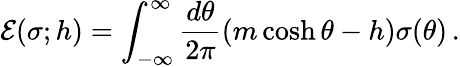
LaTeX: {\cal E}(\sigma;h)=\int_{-\infty}^{\infty}{\frac{d\theta}{2\pi}}(m\cosh\theta-h)\sigma(\theta)\, .